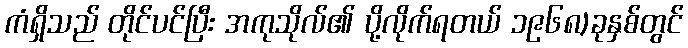
ကံရှိသည် တိုင်ပင်ပြီး အကုသိုလ်၏ ပို့လိုက်ရတယ် ၁၉၆၈)ခုနှစ်တွင်